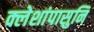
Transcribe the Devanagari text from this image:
क्लेशांपासुनि